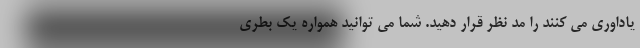
یاداوری می کنند را مد نظر قرار دهید. شما می توانید همواره یک بطری